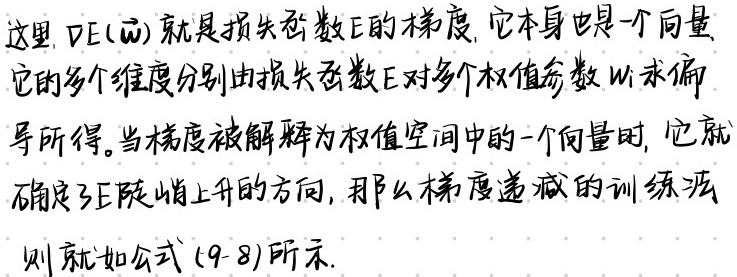
这里, $\nabla E(\vec{w})$ 就是损失函数 $E$ 的梯度, 它本身也是一个向量.它的多个维度分别由损失函数 $E$ 对多个权值参数 $w_i$ 求偏导所得。当梯度被解释为权值空间中的一个向量时, 它就确定了正陡峭上升的方向, 那么梯度递减的训练法则就如公式 (9-8) 所示.